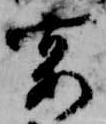
宴